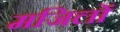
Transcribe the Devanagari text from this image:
मजिलों